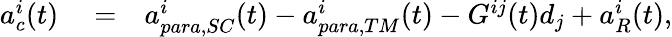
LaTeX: \begin{array}{rlr}{a_{c}^{i}(t)}&{{}=}&{a_{para,SC}^{i}(t)-a_{para,TM}^{i}(t)-G^{ij}(t)d_{j}+a_{R}^{i}(t),}\end{array}